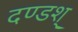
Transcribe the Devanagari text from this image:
दण्डश्